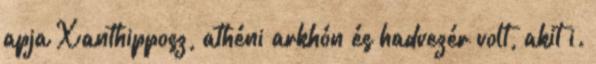
apja Xanthipposz, athéni arkhón és hadvezér volt, akit i.